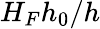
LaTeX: H_{F}h_{0}/h